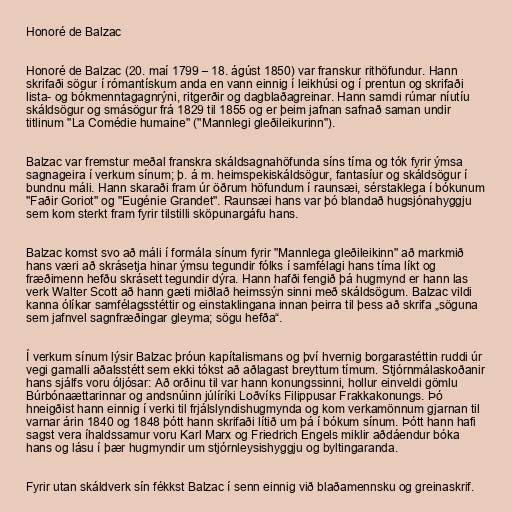
Honoré de Balzac

Honoré de Balzac (20. maí 1799 – 18. ágúst 1850) var franskur rithöfundur. Hann
skrifaði sögur í rómantískum anda en vann einnig í leikhúsi og í prentun og skrifaði
lista- og bókmenntagagnrýni, ritgerðir og dagblaðagreinar. Hann samdi rúmar níutíu
skáldsögur og smásögur frá 1829 til 1855 og er þeim jafnan safnað saman undir
titlinum "La Comédie humaine" ("Mannlegi gleðileikurinn").

Balzac var fremstur meðal franskra skáldsagnahöfunda síns tíma og tók fyrir ýmsa
sagnageira í verkum sínum; þ. á m. heimspekiskáldsögur, fantasíur og skáldsögur í
bundnu máli. Hann skaraði fram úr öðrum höfundum í raunsæi, sérstaklega í bókunum
"Faðir Goriot" og "Eugénie Grandet". Raunsæi hans var þó blandað hugsjónahyggju
sem kom sterkt fram fyrir tilstilli sköpunargáfu hans.

Balzac komst svo að máli í formála sínum fyrir "Mannlega gleðileikinn" að markmið
hans væri að skrásetja hinar ýmsu tegundir fólks í samfélagi hans tíma líkt og
fræðimenn hefðu skrásett tegundir dýra. Hann hafði fengið þá hugmynd er hann las
verk Walter Scott að hann gæti miðlað heimssýn sinni með skáldsögum. Balzac vildi
kanna ólíkar samfélagsstéttir og einstaklingana innan þeirra til þess að skrifa „söguna
sem jafnvel sagnfræðingar gleyma; sögu hefða“.

Í verkum sínum lýsir Balzac þróun kapítalismans og því hvernig borgarastéttin ruddi úr
vegi gamalli aðalsstétt sem ekki tókst að aðlagast breyttum tímum. Stjórnmálaskoðanir
hans sjálfs voru óljósar: Að orðinu til var hann konungssinni, hollur einveldi gömlu
Búrbónaættarinnar og andsnúinn júlíríki Loðvíks Filippusar Frakkakonungs. Þó
hneigðist hann einnig í verki til frjálslyndishugmynda og kom verkamönnum gjarnan til
varnar árin 1840 og 1848 þótt hann skrifaði lítið um þá í bókum sínum. Þótt hann hafi
sagst vera íhaldssamur voru Karl Marx og Friedrich Engels miklir aðdáendur bóka
hans og lásu í þær hugmyndir um stjórnleysishyggju og byltingaranda.

Fyrir utan skáldverk sín fékkst Balzac í senn einnig við blaðamennsku og greinaskrif.